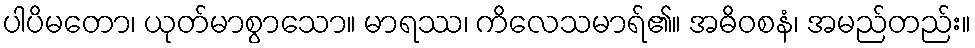
ပါပိမတော၊ ယုတ်မာစွာသော။ မာရဿ၊ ကိလေသမာရ်၏။ အဓိဝစနံ၊ အမည်တည်း။